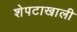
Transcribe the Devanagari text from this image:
शेपटाखाली